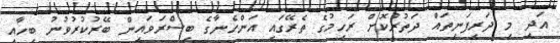
އަދި މި ދަރިފަނިތައް ދަތުރުކޮށް ރަހިމުގެ ތެރޭގައި އަންހެނާގެ ބިސްރަވައިން ބޭރުކުރުވުނު ބިހާއި